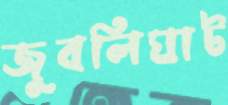
জুবলিঘাট